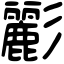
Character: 彲